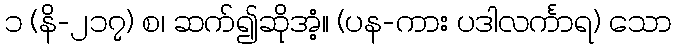
၁ (နိ-၂၁၇) စ၊ ဆက်၍ဆိုအံ့။ (ပန-ကား ပဒါလင်္ကာရ) သော